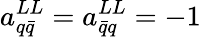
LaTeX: a_{q\bar{q}}^{LL}=a_{\bar{q}q}^{LL}=-1